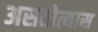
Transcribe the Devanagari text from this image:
असतोत्यास